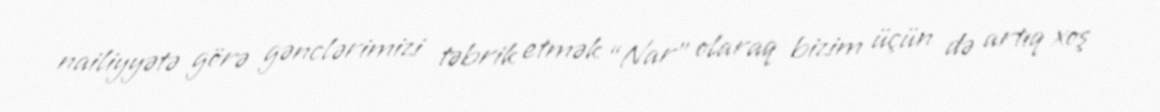
nailiyyətə görə gənclərimizi təbrik etmək “Nar” olaraq bizim üçün də artıq xoş